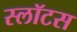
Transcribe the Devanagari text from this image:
स्लॉटस